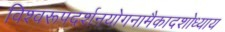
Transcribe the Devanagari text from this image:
विश्वरूपदर्शनयोगनामैकादशोध्याय